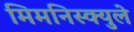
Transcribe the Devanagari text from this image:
मिमनिस्क्युले